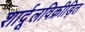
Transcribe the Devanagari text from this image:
शार्दूलविक्रीड़ित